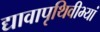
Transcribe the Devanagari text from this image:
द्यावापृथिवीभ्यां